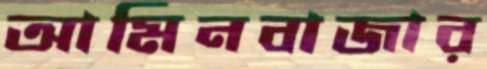
আমিনবাজার